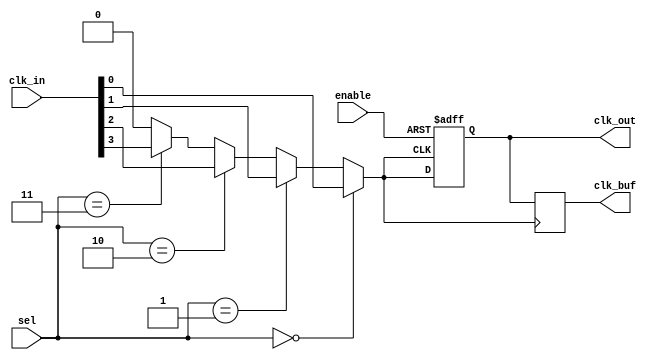
module clk_mux_buffer #(
    parameter n = 4, // Number of clock inputs
    parameter m = 2   // Number of select lines (should be >= log2(n))
)(
    input  wire [n-1:0] clk_in,   // Clock inputs
    input  wire [m-1:0] sel,      // Select lines
    input  wire enable,            // Enable signal
    output reg  clk_out,           // Clock output
    output reg  clk_buf            // Buffered clock output
);

    // Internal signal to hold the selected clock
    wire selected_clk;

    // Multiplexer logic to select the appropriate clock input
    assign selected_clk = (sel == 0) ? clk_in[0] :
                          (sel == 1) ? clk_in[1] :
                          (sel == 2) ? clk_in[2] :
                          (sel == 3) ? clk_in[3] : 1'b0; // Default to 0 if out of range

    // Clock output logic
    always @(posedge selected_clk or negedge enable) begin
        if (!enable) begin
            clk_out <= 1'b0; // Hold low when disabled
        end else begin
            clk_out <= selected_clk; // Route the selected clock
        end
    end

    // Buffered clock output logic
    always @(posedge selected_clk) begin
        clk_buf <= clk_out; // Buffer the output clock
    end

endmodule